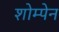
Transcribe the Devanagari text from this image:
शोम्पेन